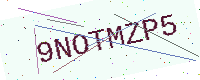
Text: 9NOTMZP5